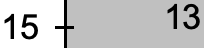
15   13